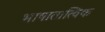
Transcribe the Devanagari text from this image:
भाषातात्विक